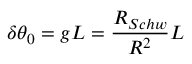
\delta \theta _ { 0 } = g L = \frac { R _ { S c h w } } { R ^ { 2 } } L